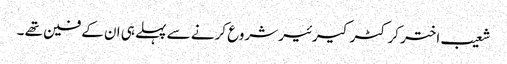
شعیب اختر کرکٹر کیرئیر شروع کرنے سے پہلے ہی ان کے فین تھے ۔